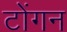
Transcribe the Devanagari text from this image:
टोंगन